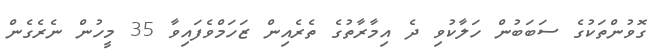
ގޮވުންތަކުގެ ސަބަބުން ހަލާކުވި ދެ އިމާރާތުގެ ތެރެއިން ޒަހަމްވެފައިވާ 35 މީހުން ނެރެގެން